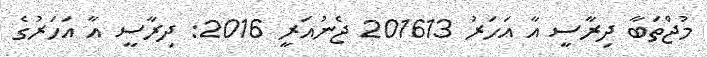
މުޖްތަބާ ދިރާސީ އާ އަހަރު 201613 ޖެނުއަރީ 2016: ދިރާސީ އާ އަހަރުގެ